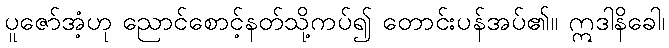
ပူဇော်အံ့ဟု ညောင်စောင့်နတ်သို့ကပ်၍ တောင်းပန်အပ်၏။ ဣဒါနိခေါ၊